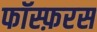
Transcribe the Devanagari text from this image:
फॉस्फ़रस